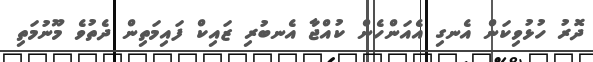
ދޮރު ހުޅުވިކަން އެނގި އެއަންހެން ކުއްޖާ އެނބުރި ޒައިކް ފައިމަތިން ދެތުވެ މޫނުމަތި